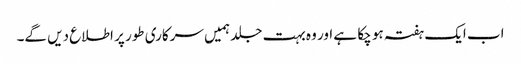
اب ایک ہفتہ ہو چکا ہے اور وہ بہت جلد ہمیں سرکاری طور پر اطلاع دیں گے۔